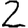
Digit: 2